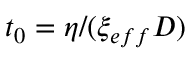
t _ { 0 } = \eta / ( \xi _ { e f f } D )